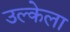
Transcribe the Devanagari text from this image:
उल्केला